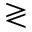
\gtrless